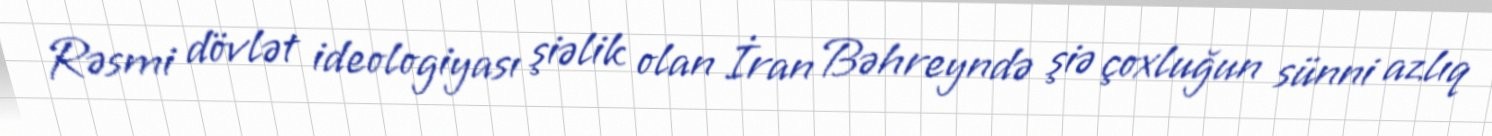
Rəsmi dövlət ideologiyası şiəlik olan İran Bəhreyndə şiə çoxluğun sünni azlıq